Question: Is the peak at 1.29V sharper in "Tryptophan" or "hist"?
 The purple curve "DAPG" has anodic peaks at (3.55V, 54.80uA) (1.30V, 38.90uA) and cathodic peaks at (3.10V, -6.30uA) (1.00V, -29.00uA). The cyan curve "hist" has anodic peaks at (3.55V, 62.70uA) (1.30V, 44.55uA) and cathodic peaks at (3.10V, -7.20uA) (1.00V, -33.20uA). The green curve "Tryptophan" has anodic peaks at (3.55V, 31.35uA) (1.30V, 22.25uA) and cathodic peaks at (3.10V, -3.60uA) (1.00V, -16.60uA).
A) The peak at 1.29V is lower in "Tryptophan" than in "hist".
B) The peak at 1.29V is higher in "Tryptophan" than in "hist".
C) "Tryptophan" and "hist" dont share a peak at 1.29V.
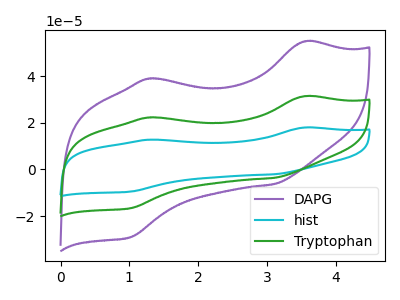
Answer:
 <answer>A) The peak at 1.29V is lower in "Tryptophan" than in "hist".</answer>
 <eval>A</eval>